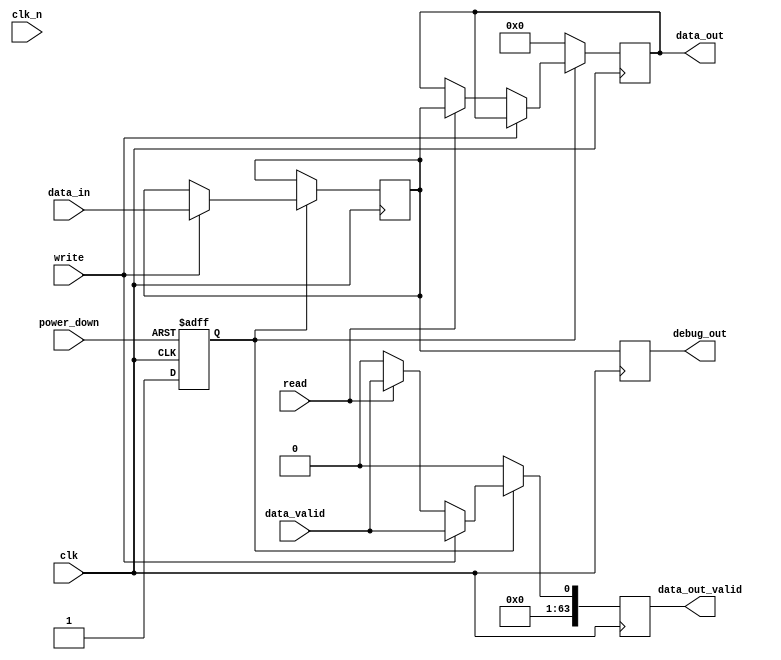
module GDDR2_IO_Block (
    input wire clk,                 // Clock input
    input wire clk_n,               // Differential clock (inverted)
    input wire [63:0] data_in,      // Input data bus (up to 64 bits)
    output reg [63:0] data_out,     // Output data bus (up to 64 bits)
    input wire read,                // Read control signal
    input wire write,               // Write control signal
    input wire data_valid,          // Data valid signal
    input wire power_down,          // Power management signal
    output reg [63:0] debug_out,    // Debug output for testability
    output reg [63:0] data_out_valid // Data output valid signal
);

// Internal signals
reg [63:0] data_buffer;             // Internal data buffer
reg power_state;                    // Power state flag

// Power management - Power down mode
always @(posedge clk or negedge power_down) begin
    if (!power_down) begin
        power_state <= 1'b0; // Power down
    end else begin
        power_state <= 1'b1; // Active
    end
end

// Bidirectional data transfer
always @(posedge clk) begin
    if (power_state) begin
        if (write) begin
            // Write operation
            data_buffer <= data_in; // Capture incoming data
            data_out_valid <= data_valid; // Set data valid signal
        end else if (read) begin
            // Read operation
            data_out <= data_buffer; // Output buffered data
            data_out_valid <= data_valid; // Set data valid signal
        end else begin
            data_out_valid <= 1'b0; // Clear data valid signal
        end
    end else begin
        data_out <= 64'b0; // In power down state, output zero
        data_out_valid <= 1'b0; // Clear data valid signal
    end
end

// Debug output for testability
always @(posedge clk) begin
    debug_out <= {data_out_valid, data_buffer}; // Example debug output
end

endmodule